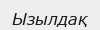
Ызылдақ